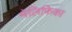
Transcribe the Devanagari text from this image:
मेलिफिका